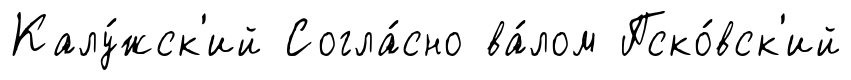
Калу́жск'ий Согла́сно ва́лом Пско́вск'ий